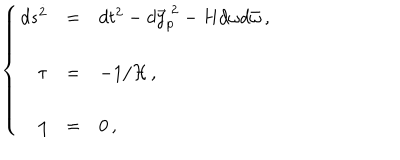
LaTeX: \left\{ \begin{array} { r c l } { { d s ^ { 2 } } } & { { = } } & { { d t ^ { 2 } - d \vec { y } _ { p } ^ { \ 2 } - H d \omega d \bar { \omega } \, , } } \\ { { } } & { { } } & { { } } \\ { { \tau } } & { { = } } & { { - 1 / { \cal H } \, , } } \\ { { } } & { { } } & { { } } \\ { { \eta } } & { { = } } & { { 0 \, , } } \\ \end{array} \right.